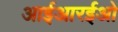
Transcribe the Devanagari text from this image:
आईआरईओ